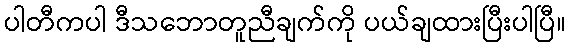
ပါတီကပါ ဒီသဘောတူညီချက်ကို ပယ်ချထားပြီးပါပြီ။